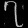
Digit: ၇